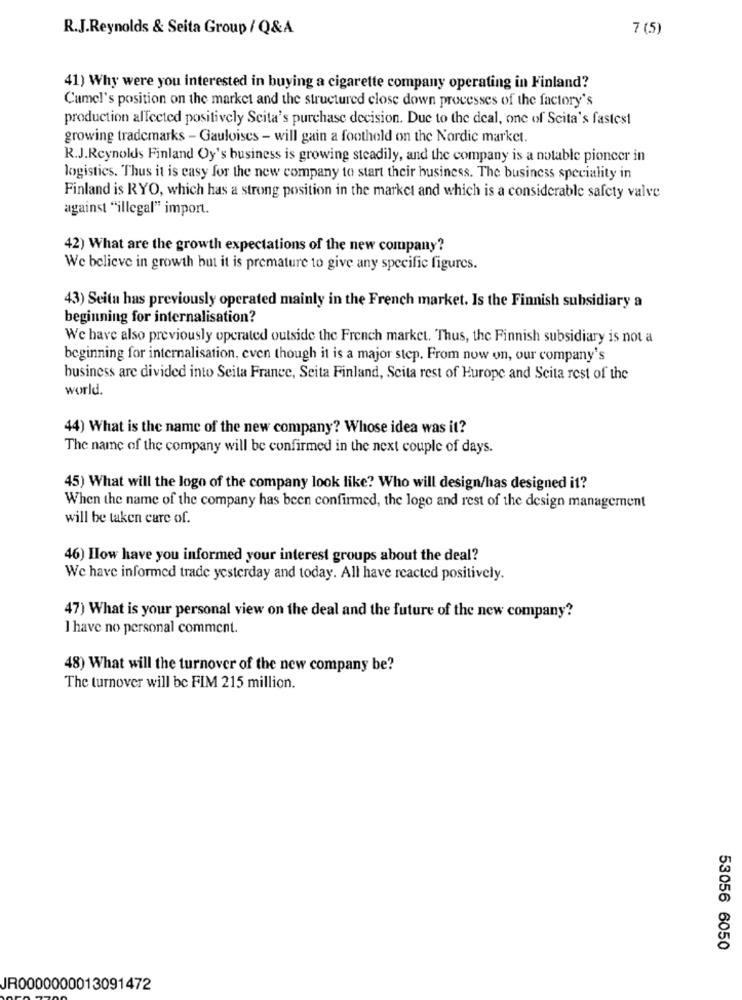
R.J.Reynolds & Seita Group / Q&A
7 (5)
41) Why were you interested in buying a cigarette company operating in Finland?
Cumel's position on the market and the structured close down processes of the factory's
production affected positively Scita's purchase decision. Due to the deal, one of Scita's fastest
growing trademarks - Gauloises - will gain a foothold on the Nordic market.
R.J.Reynolds Finland Oy's business is growing steadily, and the company is a notable pioncer in
logistics. Thus it is easy for the new company to start their business. The business speciality in
Finland is RYO, which has a strong position in the market and which is a considerable safety valve
against "illegal" import.
42) What are the growth expectations of the new company?
We believe in growth but it is premature to give any specific figures.
43) Seita has previously operated mainly in the French market. Is the Finnish subsidiary a
beginning for internalisation?
We have also previously operated outside the French market. Thus, the Finnish subsidiary is not a
beginning for internalisation, even though it is a major step. From now on, our company's
business are divided into Seita France, Seita Finland, Scita rest of Hurope and Seita rest of the
world.
44) What is the name of the new company? Whose idea was it?
The name of the company will be confirmed in the next couple of days.
45) What will the logo of the company look like? Who will design/has designed it?
When the name of the company has been confirmed, the logo and rest of the design management
will be taken care of.
46) Ilow have you informed your interest groups about the deal?
We have informed trade yesterday and today. All have reacted positively.
47) What is your personal view on the deal and the future of the new company?
I have no personal comment.
48) What will the turnover of the new company be?
The turnover will be FIM 215 million.
53056 6050
JR0000000013091472